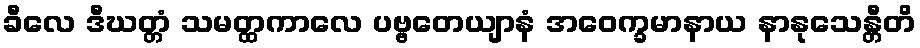
ခီလေ ဒီဃတ္တံ သမတ္ထကာလေ ပဗ္ဗတေယျာနံ အဝေက္ခမာနာယ နာနုသေန္တီတိ